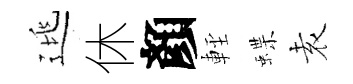
逃休顏䡖蝶𡊮